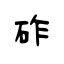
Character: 砟